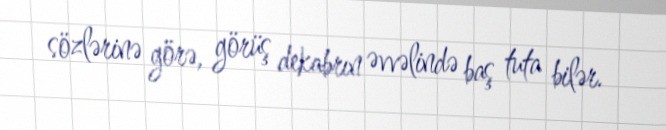
sözlərinə görə, görüş dekabrın əvvəlində baş tuta bilər.